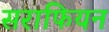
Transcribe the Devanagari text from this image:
सराफियन